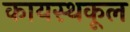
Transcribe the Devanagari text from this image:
कायस्थकूल